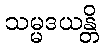
သမ္မဒယန္တိ